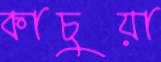
কাচুয়া